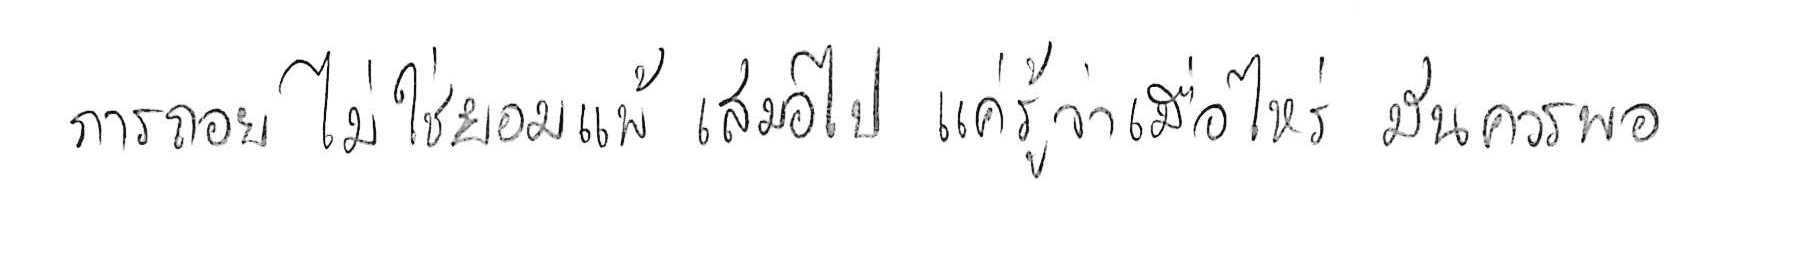
การถอย ไม่ใช่ยอมแพ้ เสมอไป แค่รู้ว่าเมื่อไหร่ มันควรพอ